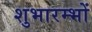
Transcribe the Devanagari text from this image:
शुभारम्भों